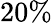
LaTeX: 20\%